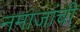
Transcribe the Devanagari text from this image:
नमाजांची